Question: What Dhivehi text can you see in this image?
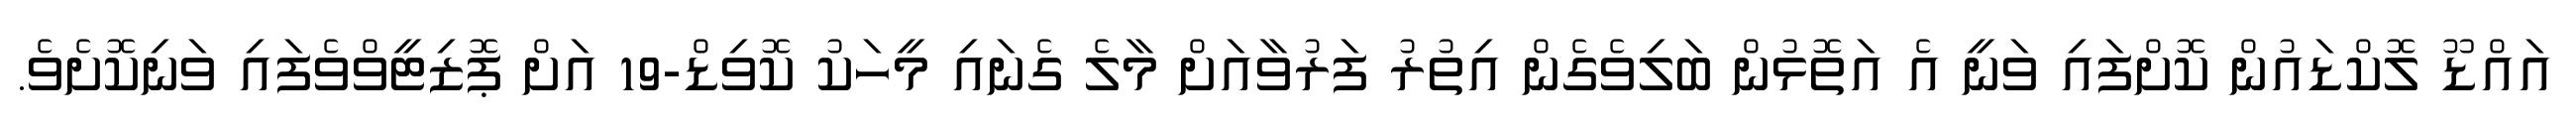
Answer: އައްޑޫ ލޮކްޑައުން ކޮށްފައި ވަނީ އެ އަތޮޅުން ބަލިވެގެން އިތުރު ފަރުވާއަށް މާލެ ގެނައި މީހަކު ކޮވިޑް-19 އަށް ޕޮޒިޓީވްވެފައި ވަނިކޮށެވެ.